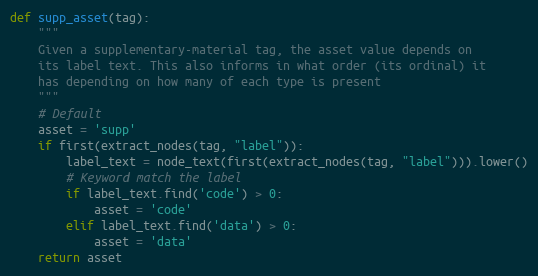
Language: Python
def supp_asset(tag):
    """
    Given a supplementary-material tag, the asset value depends on
    its label text. This also informs in what order (its ordinal) it
    has depending on how many of each type is present
    """
    # Default
    asset = 'supp'
    if first(extract_nodes(tag, "label")):
        label_text = node_text(first(extract_nodes(tag, "label"))).lower()
        # Keyword match the label
        if label_text.find('code') > 0:
            asset = 'code'
        elif label_text.find('data') > 0:
            asset = 'data'
    return asset